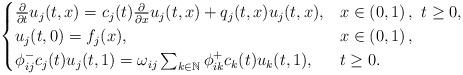
LaTeX: \begin{align*}\begin{cases}\frac{\partial}{\partial t}u_j(t,x)=c_j(t)\frac{\partial}{\partial x}u_j(t,x)+q_j(t,x)u_j(t,x),&x\in\left(0,1\right),\ t\geq 0,\\u_j(t,0)= f_j(x),&x\in\left(0,1\right),\\ \phi^-_{ij}c_j(t)u_j(t,1)=\omega_{ij}\sum_{k\in\mathbb{N}}{\phi^+_{ik}c_k(t)u_k(t,1)},&t\geq0.\end{cases}\end{align*}